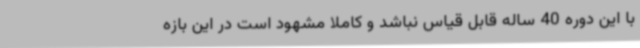
با این دوره 40 ساله قابل قیاس نباشد و کاملا مشهود است در این بازه